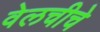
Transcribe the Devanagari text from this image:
वेलचीचे